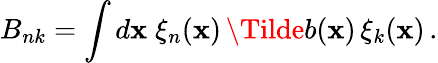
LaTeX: B_{nk}=\int d{\mathbf x}\; \xi_{n}({\mathbf x})\, \Tilde{b}({\mathbf x})\, \xi_{k}({\mathbf x})\, .